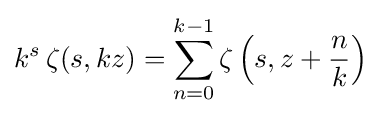
k^{s}\,\zeta (s,kz)=\sum _{n=0}^{k-1}\zeta \left(s,z+{\frac {n}{k}}\right)